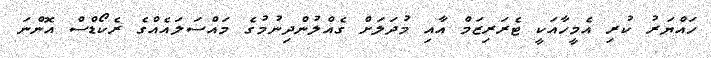
ހައްޔަރު ކުރި އެމީހާއަކީ ޓެރަރިޒަމް އާއި މުދަލަށް ގެއްލުންދިނުމުގެ މައްސަލައެއްގެ ރެކޯޑްސް އޮންނަ